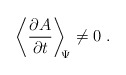
\begin{align*}\left\langle\frac{\partial A}{ \partial t}\right\rangle_{\scriptstyle \! \! \Psi}\neq 0\; .\end{align*}